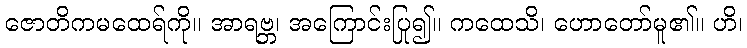
ဇောတိကမထေရ်ကို။ အာရဗ္ဘ၊ အကြောင်းပြု၍။ ကထေသိ၊ ဟောတော်မူ၏။ ဟိ၊